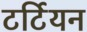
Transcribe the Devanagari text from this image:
टर्टियन